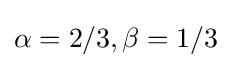
\alpha =2/3,\beta =1/3